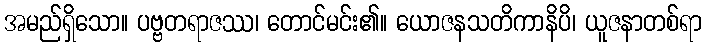
အမည်ရှိသော။ ပဗ္ဗတရာဇဿ၊ တောင်မင်း၏။ ယောဇနသတိကာနိပိ၊ ယူဇနာတစ်ရာ